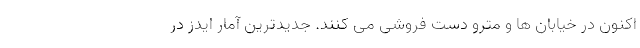
اکنون در خیابان ها و مترو دست فروشی می کنند. جدیدترین آمار ایدز در